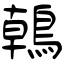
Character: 鶾